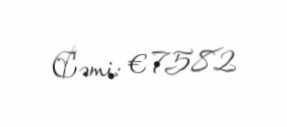
Cəmi: € 7582